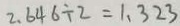
2 . 6 4 6 \div 2 = 1 . 3 2 3